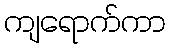
ကျရောက်ကာ